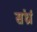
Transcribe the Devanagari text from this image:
संर्ध्रा